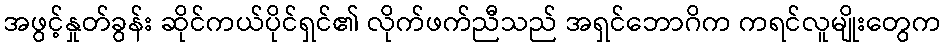
အဖွင့်နှုတ်ခွန်း ဆိုင်ကယ်ပိုင်ရှင်၏ လိုက်ဖက်ညီသည် အရှင်ဘောဂိက ကရင်လူမျိုးတွေက